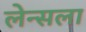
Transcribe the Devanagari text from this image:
लेन्सला